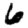
Digit: 6